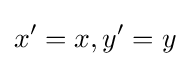
x'=x,y'=y